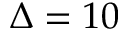
\Delta = 1 0